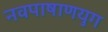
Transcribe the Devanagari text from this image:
नवपाषाणयुग